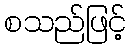
စသည်ဖြင့်